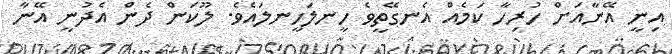
އިނީ އޭނާއަށް ހުރިހާ ކަމެއް އެނގޭތީވެ ހީނލަހީނލައެވެ. ލޫކަން ދެން އެދުނީ އޭނާ